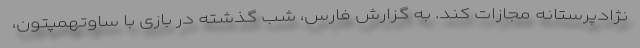
نژادپرستانه مجازات کند. به گزارش فارس، شب گذشته در بازی با ساوتهمپتون،